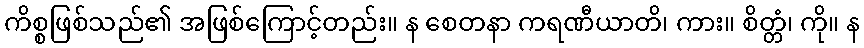
ကိစ္စဖြစ်သည်၏ အဖြစ်ကြောင့်တည်း။ န စေတနာ ကရဏီယာတိ၊ ကား။ စိတ္တံ၊ ကို။ န